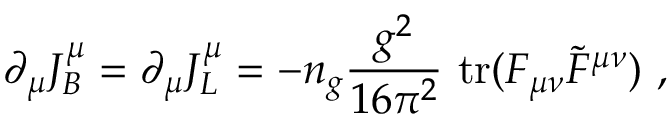
\partial _ { \mu } J _ { B } ^ { \mu } = \partial _ { \mu } J _ { L } ^ { \mu } = - n _ { g } \frac { g ^ { 2 } } { 1 6 \pi ^ { 2 } } ~ \mathrm { { t r } } ( F _ { \mu \nu } \tilde { F } ^ { \mu \nu } ) ~ ,